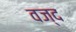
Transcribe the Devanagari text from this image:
वज्द